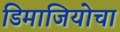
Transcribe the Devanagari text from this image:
डिमाजियोचा